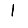
Digit: 1